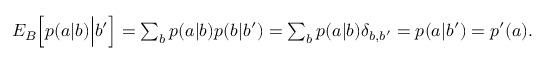
\begin{array} { r } { { E } _ { B } \Big [ p ( a | b ) \Big | b ^ { \prime } \Big ] = \sum _ { b } p ( a | b ) p ( b | b ^ { \prime } ) = \sum _ { b } p ( a | b ) \delta _ { b , b ^ { \prime } } = p ( a | b ^ { \prime } ) = p ^ { \prime } ( a ) . } \end{array}